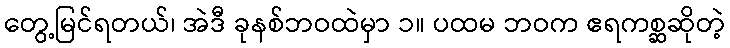
တွေ့မြင်ရတယ်၊ အဲဒီ ခုနစ်ဘဝထဲမှာ ၁။ ပထမ ဘဝက ဧရကစ္ဆဆိုတဲ့